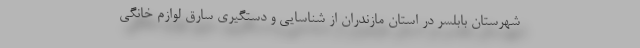
شهرستان بابلسر در استان مازندران از شناسایی و دستگیری سارق لوازم خانگی